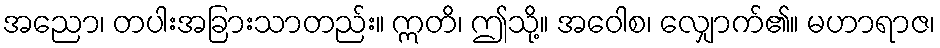
အညော၊ တပါးအခြားသာတည်း။ ဣတိ၊ ဤသို့။ အဝေါစ၊ လျှောက်၏။ မဟာရာဇ၊